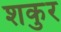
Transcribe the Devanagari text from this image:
शकुर